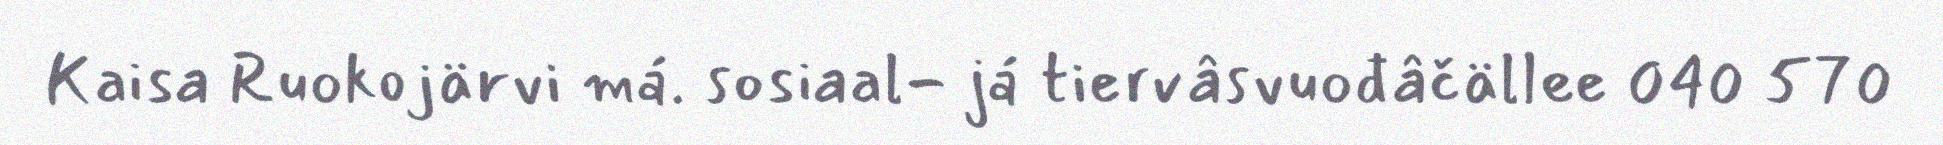
Kaisa Ruokojärvi má. sosiaal- já tiervâsvuođâčällee 040 570